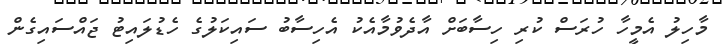
މާހިލު އެމީހާ ހުރަސް ކުރި ހިސާބަށް އާދެވުމާއެކު އެހިސާބު ސައިކަލުގެ ހެޑުލައިޓު ޖައްސައިގެން